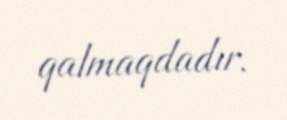
qalmaqdadır.